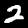
Digit: 2